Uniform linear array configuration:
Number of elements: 32
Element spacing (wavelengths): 0.75
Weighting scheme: cosine
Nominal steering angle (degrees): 30
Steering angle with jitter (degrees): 30.496
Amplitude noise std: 0.05
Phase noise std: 0.05

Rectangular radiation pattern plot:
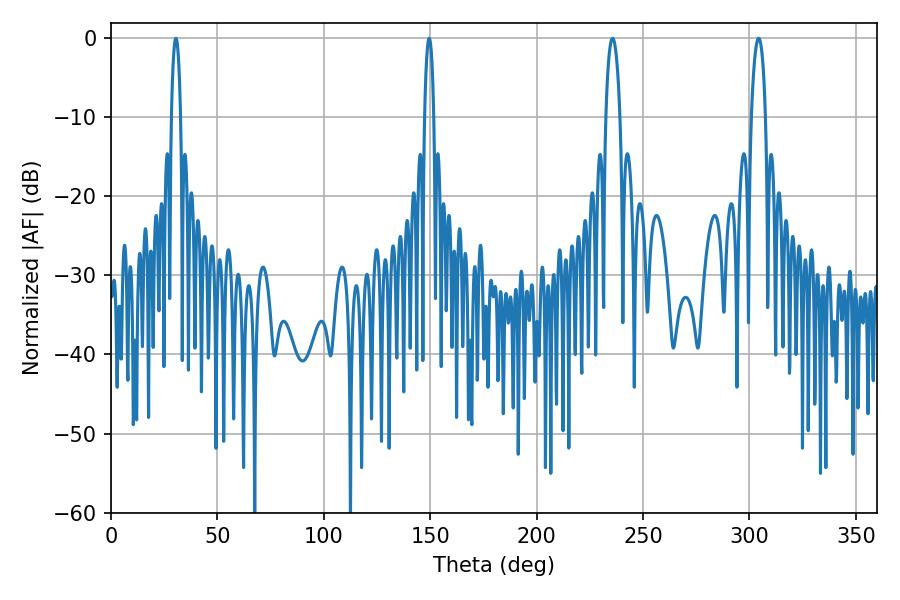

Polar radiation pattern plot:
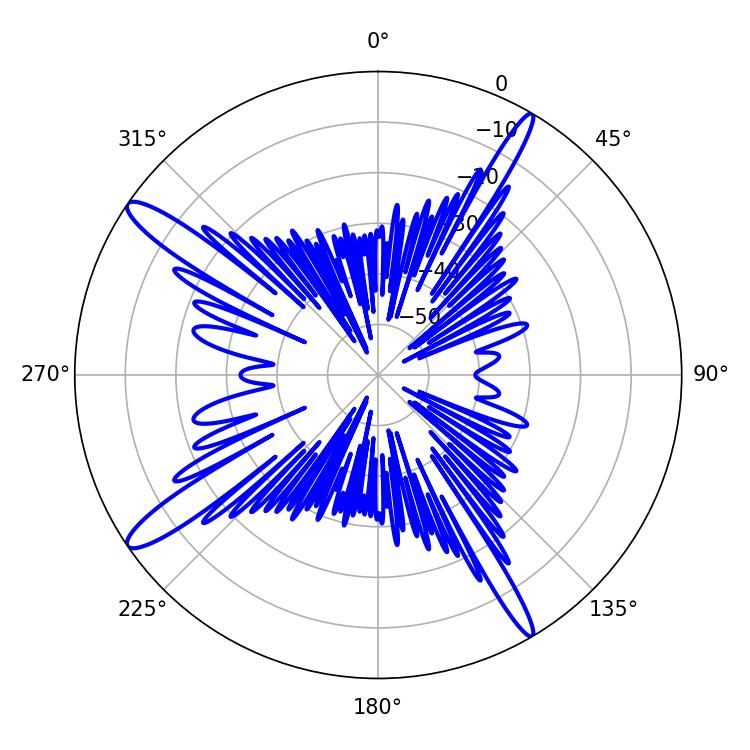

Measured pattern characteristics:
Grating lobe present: TRUE
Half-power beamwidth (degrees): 3.78
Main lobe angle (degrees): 235.62